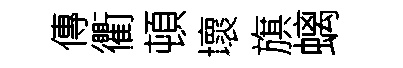
傳衢頓壞旗螭